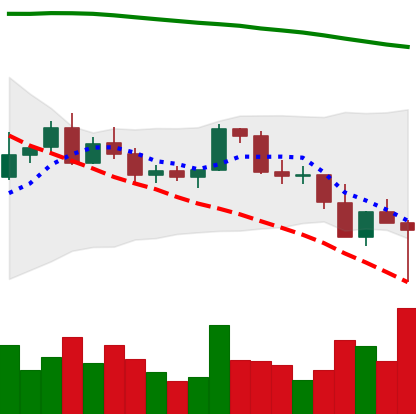
Ticker: BNB-USD
Chart end date: 2022-02-24
Forward return: 13.08%
Label: up_7plus